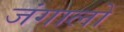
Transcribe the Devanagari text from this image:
जंगालों